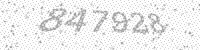
Solution: 847928